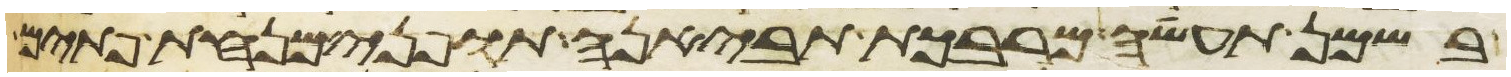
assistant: בשמן תעשה מרבכת תביאנה תופני מנחת פתים